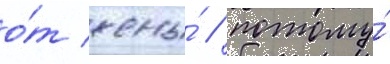
о́т жены́ / потому́